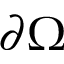
\partial \Omega